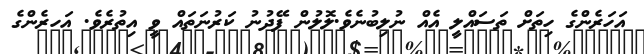
އަހަރެންގެ ހިތަށް ތަސައްލީ އެއް ނުލިބުނެވެ.ލޮލުން ފޭދުނު ކަރުނަތައް ވީ އިތުރެވެ. އަހރެންގެ